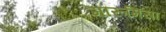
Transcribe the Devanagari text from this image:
मारूमिसा